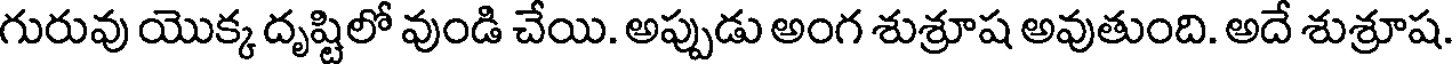
గురువు యొక్క దృష్టిలో వుండి చేయి. అప్పుడు అంగ శుశ్రూష అవుతుంది. అదే శుశ్రూష